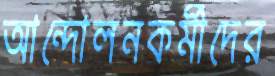
আন্দোলনকর্মীদের